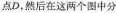
点D，然后在这两个图中分